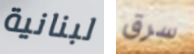
لبنانية سرق